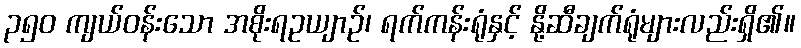
၃၅၀ ကျယ်ဝန်းသော အစိုးရဥယျာဉ်၊ ရက်ကန်းရုံနှင့် နို့ဆီချက်ရုံများလည်းရှိ၏။